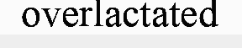
overlactated